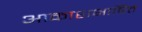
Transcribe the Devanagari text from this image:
आकाशभाषित